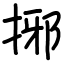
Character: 捓